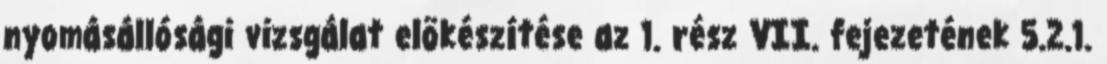
nyomásállósági vizsgálat elõkészítése az 1. rész VII. fejezetének 5.2.1.